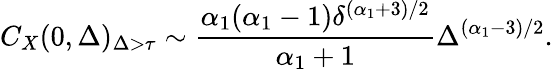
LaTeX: C_{X}(0,\Delta)_{\Delta>\tau}\sim\frac{\alpha_{1}(\alpha_{1}-1)\delta^{(\alpha_{1}+3)/2}}{\alpha_{1}+1}\Delta^{(\alpha_{1}-3)/2}.